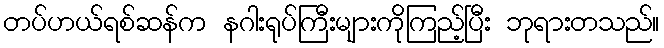
တပ်ဟယ်ရစ်ဆန်က နဂါးရုပ်ကြီးများကိုကြည့်ပြီး ဘုရားတသည်။